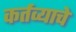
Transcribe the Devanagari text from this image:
कर्तव्याचे